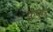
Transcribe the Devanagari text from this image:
कुंकुर